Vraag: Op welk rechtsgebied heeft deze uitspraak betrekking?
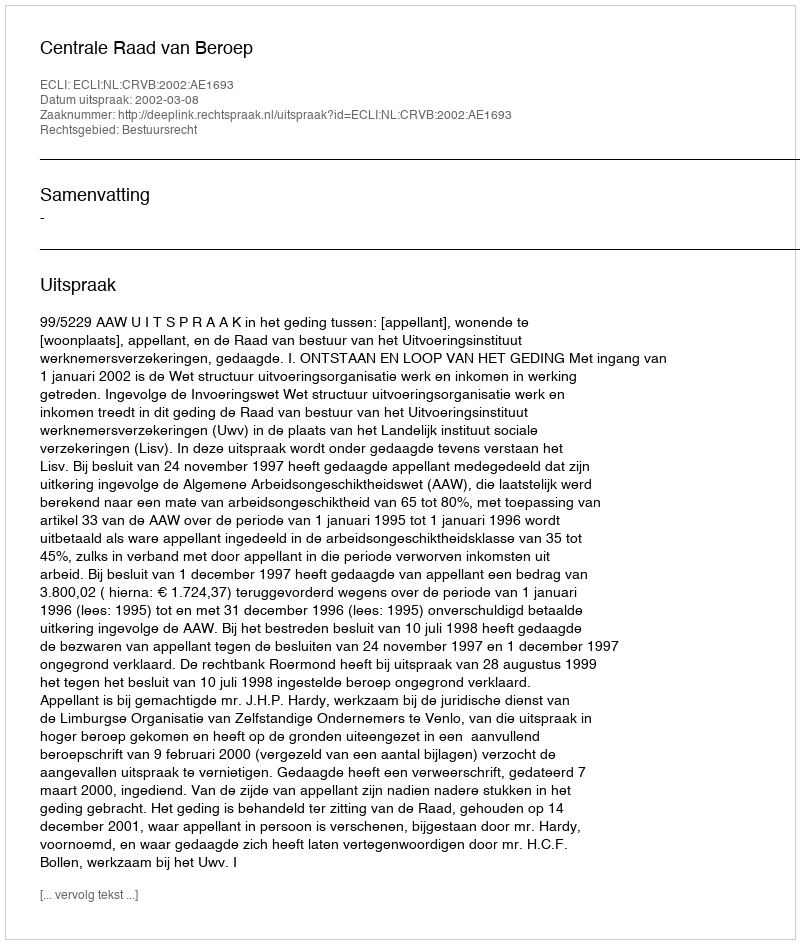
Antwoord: Bestuursrecht